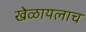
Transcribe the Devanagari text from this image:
खेळायलाच